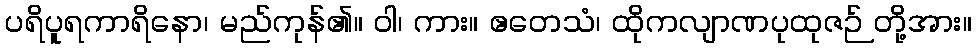
ပရိပူရကာရိနော၊ မည်ကုန်၏။ ဝါ၊ ကား။ ဧတေသံ၊ ထိုကလျာဏပုထုဇဉ် တို့အား။